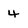
Character: 4